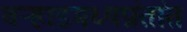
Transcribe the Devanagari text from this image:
वर्‍हाडमध्यप्रांतांत